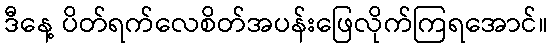
ဒီနေ့ ပိတ်ရက်လေစိတ်အပန်းဖြေလိုက်ကြရအောင်။